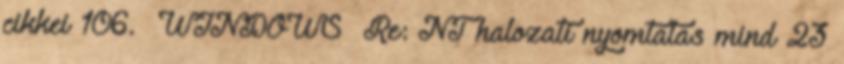
cikkei 106. WINDOWS Re: NT halozati nyomtatas mind 23